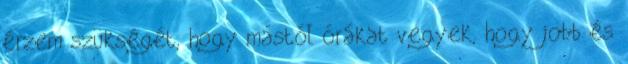
érzem szükségét, hogy mástól órákat vegyek, hogy jobb és